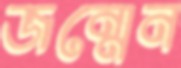
জন্মেন